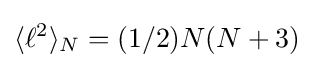
\langle \ell ^{2}\rangle _{N}=(1/2)N(N+3)